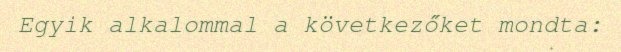
Egyik alkalommal a következőket mondta: